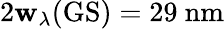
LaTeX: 2\mathbf{w}_{\lambda}(\mathrm{{GS}})=29~\mathrm{{nm}}